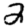
Digit: 2